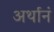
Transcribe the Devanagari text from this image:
अर्थानं